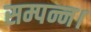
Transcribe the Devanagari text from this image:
सम्पन्न।